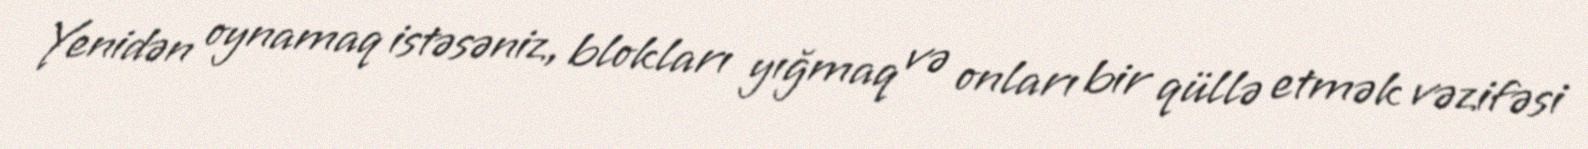
Yenidən oynamaq istəsəniz, blokları yığmaq və onları bir qüllə etmək vəzifəsi